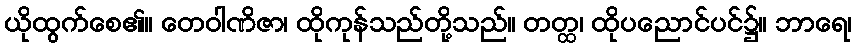
ယိုထွက်စေ၏။ တေဝါဏိဇာ၊ ထိုကုန်သည်တို့သည်။ တတ္ထ၊ ထိုပညောင်ပင်၌။ ဘာရေ၊